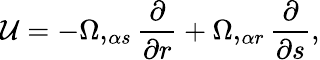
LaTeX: {\cal U}=-\Omega,_{\alpha s}{\frac{\partial}{\partial r}}+\Omega,_{\alpha r}{\frac{\partial}{\partial s}},